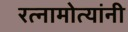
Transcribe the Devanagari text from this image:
रत्नामोत्यांनी